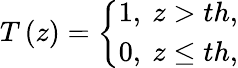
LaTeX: T\left(z\right)=\left\{ \begin{array}{r}{1,\ z>th,}\\ {0,\ z\leq th,}\end{array}\right.